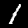
Digit: 1